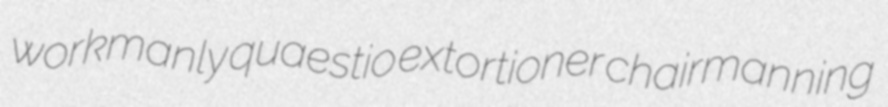
workmanly quaestio extortioner chairmanning